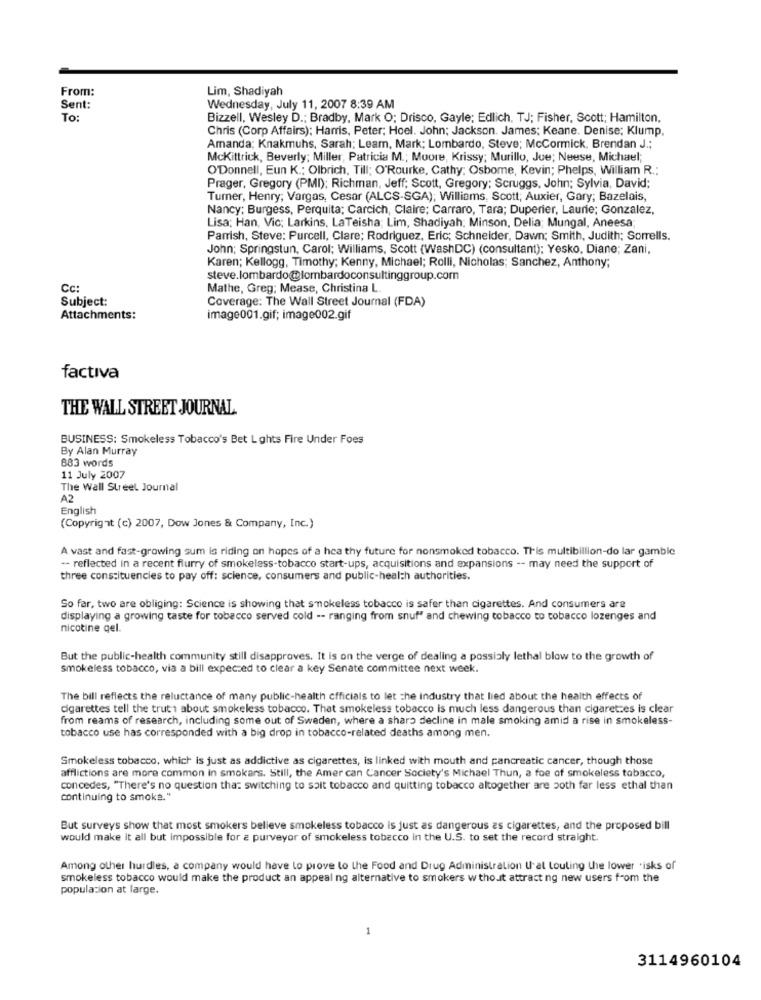
From:
Lim, Shadiyah
Sent:
Wednesday, July 11, 2007 8:39 AM
To:
Bizzell, Wesley D .; Bradby, Mark O; Drisco, Gayle; Edlich, TJ; Fisher, Scott; Hamilton,
Chris (Corp Affairs): Harris, Peter; Hoel. John; Jackson. James; Keane. Denise; Klump.
Amanda; Knakmuhs, Sarah; Learn, Mark; Lombardo, Steve; McCormick, Brendan J .;
McKittrick, Beverly; Miller, Patricia M .; Moore, Krissy; Murillo, Jue; Neese, Michael;
O'Donnell, Eun K .; Olbrich, Till; O'Rourke, Cathy; Osbome, Kevin; Phelps, William R .:
Prager, Gregory (PMI): Richman, Jeff; Scott, Gregory; Scruggs, John; Sylvia, David;
Turner, Henry; Vargas, Cesar (ALCS-SGA); Williams, Scott; Auxier, Gary; Bazelais,
Nancy; Burgess, Perquita; Carcich, Claire; Carraro, Tara; Duperier, Laurie; Gonzalez,
Lisa; Han, Vic; Larkins, LaTeisha; Lim, Shadiyah; Minson, Delia; Mungal, Aneesa;
Parrish, Steve: Purcell, Clare; Rodriguez, Eric; Schneider, Dawn; Smith, Judith; Sorrells.
John; Springstun, Carol; Williams, Scott (WashDC) (consultant); Yesko, Diane; Zani,
Karen; Kellogg, Timothy; Kenny, Michael; Rolli, Nicholas; Sanchez, Anthony;
steve.lombardo@lombardoconsultinggroup.com
Cc:
Mathe, Greg; Mease, Christina L.
Subject:
Coverage: The Wall Street Journal (FDA)
Attachments:
image001.gif; image002.gif
factiva
THE WALL STREET JOURNAL
BUSINESS: Smokeless Tobacco's Bet Lights Fire Under Foes
By Alan Murray
883 words
11 July 2007
The Wall Street Journal
A2
English
(Copyright (c) 2007, Dow Jones & Company, Inc.)
A vast and fast-growing sum is riding on hopes of a hea thy future for nonsmoked tobacco. This multibillion-do lar gamble
-- reflected in a recent flurry of smokeless-tobacco start-ups, acquisitions and expansions -- may need the support of
three constituencies to pay off: science, consumers and public-health authorities.
So far, two are obliging: Science is showing that smokeless tobacco is safer than cigarettes. And consumers are
displaying a growing taste for tobacco served cold -- ranging from snuf" and chewing tobacco to tobacco lozenges and
nicotine qel.
But the public-health community still disapproves. It is on the verge of dealing a possialy lethal blow to the growth of
smokeless tobacco, via a bill expected to clear a key Senate committee next week.
The bill reflects the reluctance of many public-health officials to let che industry that lied about the health effects of
cigarettes tell the truth about smokeless tobacco. That smokeless tobacco is much less dangerous than cigaretzes is clear
from reams of research, including some out of Sweden, where a sharo decline in male smoking amid a rise in smokeless-
tobacco use has corresponded with a big drop in tobacco-related deaths among men.
Smokeless tobacco, which is just as addictive as cigarettes, is linked with mouth and pancreatic cancer, though those
afflictions are more common in smokars. Still, the Amer can Cancer Society's Michael Thun, a foe of smokeless tobacco,
concedes, "There's no question that switching to soit tobacco and quitting tobacco altogether are both far less ethal than
continuing to smoke."
But surveys show that most smokers believe smokeless tobacco is just as dangerous as cigarettes, and the proposed bill
would make it all but impossible for a purveyor of smokeless tobacco in the U.S. to set the record straight.
Among other hurdles, a company would have to prove to the Food and Drug Administration that Louling the lower 'isks of
smokeless tobacco would make the product an appeal ng alternative to smokers w thouit attract ng new users from the
population at large.
1
3114960104